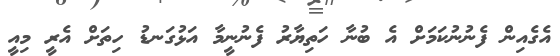
އެގެއިން ފެނުނުކަމަށް އެ ބުނާ ހަތިޔާރު ފެނުނީމާ އަޅުގަނޑު ހިތަށް އެރީ މިއީ